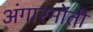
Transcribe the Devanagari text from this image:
अंगारमोती